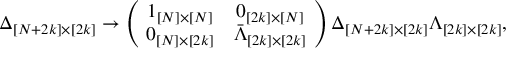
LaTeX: \Delta _ { [ N + 2 k ] \times [ 2 k ] } \rightarrow \left( \! \begin{array} { c c } { { 1 _ { [ N ] \times [ N ] } } } & { { 0 _ { [ 2 k ] \times [ N ] } } } \\ { { 0 _ { [ N ] \times [ 2 k ] } } } & { { \bar { \Lambda } _ { [ 2 k ] \times [ 2 k ] } } } \end{array} \! \right) \Delta _ { [ N + 2 k ] \times [ 2 k ] } \Lambda _ { [ 2 k ] \times [ 2 k ] } ,